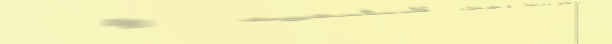
شارع النور يربط بين قلب ا